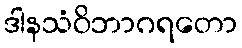
ဒါနသံဝိဘာဂရတော